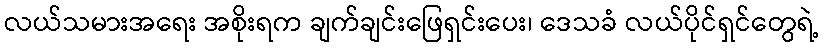
လယ်သမားအရေး အစိုးရက ချက်ချင်းဖြေရှင်းပေး၊ ဒေသခံ လယ်ပိုင်ရှင်တွေရဲ့